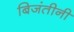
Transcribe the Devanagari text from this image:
बिजंतीनी